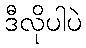
ဒီလိုပါပဲ